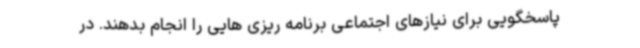
پاسخگویی برای نیازهای اجتماعی برنامه ریزی هایی را انجام بدهند. در